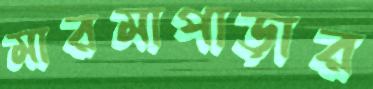
মারমাপাড়ার